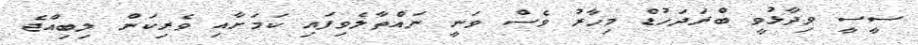
ސީސީ ވިދާޅުވީ ބްރަދަހުޑް މިހާރު ވެސް ވަނީ ނައްތާލެވިފައި ކަމަށާއި ވެރިކަން ލިބިއްޖެ